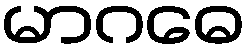
မာဂဓေ